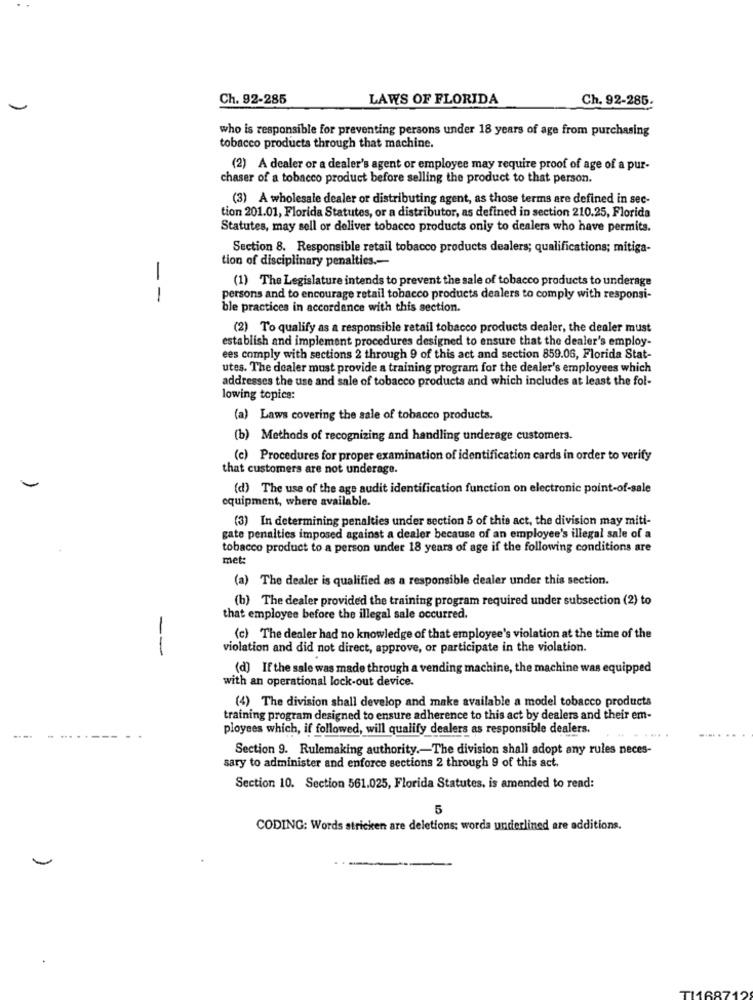
Ch. 92-285
LAWS OF FLORIDA
Ch. 92-285.
who is responsible for preventing persons under 18 years of age from purchasing
tobacco products through that machine.
(2) A dealer or a dealer's agent or employee may require proof of age of a pur-
chaser of a tobacco product before selling the product to that person.
(3) A wholesale dealer or distributing agent, as those terms are defined in sec-
tion 201.01, Florida Statutes, or a distributor, as defined in section 210.25, Florida
Statutes, may sell or deliver tobacco products only to dealers who have permits.
Section 8. Responsible retail tobacco products dealers; qualifications; mitiga-
tion of disciplinary penalties .-
-
(1) The Legislature intends to prevent the sale of tobacco products to underage
1
persons and to encourage retail tobacco products dealers to comply with responsi-
ble practices in accordance with this section
(2) To qualify as a responsible retail tobacco products dealer, the dealer must
establish and implement procedures designed to ensure that the dealer's employ-
ees comply with sections 2 through 9 of this act and section 859.06, Florida Stat-
utes. The dealer must provide a training program for the dealer's employees which
addresses the use and sale of tobacco products and which includes at least the fol-
lowing topics:
(a) Laws covering the sale of tobacco products.
(b) Methods of recognizing and handling underage customers.
(c) Procedures for proper examination of identification cards in order to verify
that customers are not underage.
(d) The use of the age audit identification function on electronic point-of-sale
equipment, where available.
(3) In determining penalties under section 5 of this act, the division may miti-
gate penalties imposed against a dealer because of an employee's illegal sale of a
tobacco product to a person under 18 years of age if the following conditions are
met:
(a) The dealer is qualified as a responsible dealer under this section.
(b) The dealer provided the training program required under subsection (2) to
that employee before the illegal sale occurred.
(c) The dealer had no knowledge of that employee's violation at the time of the
--
violation and did not direct, approve, or participate in the violation.
(d) If the sale was made through a vending machine, the machine was equipped
with an operational lock-out device.
(4) The division shall develop and make available a model tobacco products
training program designed to ensure adherence to this act by dealers and their em-
ployees which, if followed, will qualify dealers as responsible dealers.
Section 9. Rulemaking authority .- The division shall adopt any rules neces-
sary to administer and enforce sections 2 through 9 of this act.
Section 10. Section 561.025, Florida Statutes, is amended to read:
5
CODING: Words stricken are deletions: worda underlined are additions.